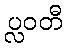
ပ္လဝတီ